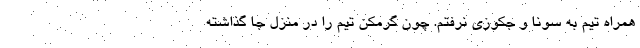
همراه تیم به سونا و جکوزی نرفتم. چون گرمکن تیم را در منزل جا گذاشته